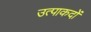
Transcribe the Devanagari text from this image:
उत्पाकदों